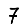
Digit: 7